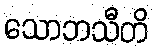
သောဘသီတိ